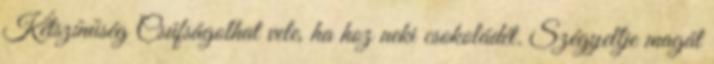
Kétszínűség Csúfságolhat vele, ha hoz neki csokoládét. Szégyellje magát